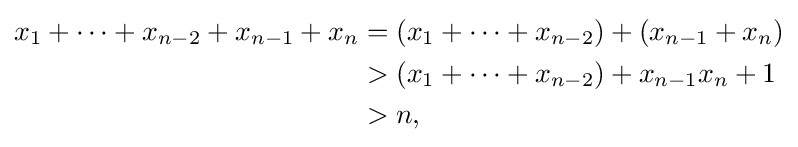
{\begin{aligned}x_{1}+\cdots +x_{n-2}+x_{n-1}+x_{n}&=(x_{1}+\cdots +x_{n-2})+(x_{n-1}+x_{n})\\&>(x_{1}+\cdots +x_{n-2})+x_{n-1}x_{n}+1\\&>n,\end{aligned}}